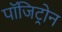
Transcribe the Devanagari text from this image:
पॉजिट्रोन